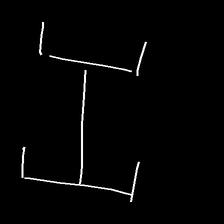
Glyph: entwine